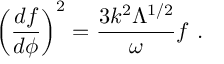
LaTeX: \left( \frac { d f } { d \phi } \right) ^ { 2 } = \frac { 3 k ^ { 2 } \Lambda ^ { 1 / 2 } } { \omega } f ~ .